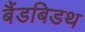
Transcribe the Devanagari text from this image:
बैंडबिडथ